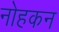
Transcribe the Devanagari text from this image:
नोहकन